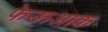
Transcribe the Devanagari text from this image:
फेऊआक